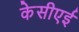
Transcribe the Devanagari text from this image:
केसीएई